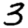
Digit: 3